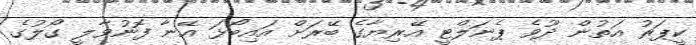
ކީޕަރު އަތުން ދޫވެ ޕެނަލްޓީ އޭރިޔާގެ ބޭރަށް އައިބޯޅަ އޭނާ ފޮނުވާލީ ގޯލުގެ